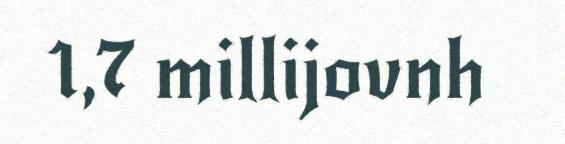
1,7 millijovnh